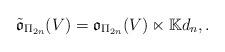
LaTeX: \begin{gather*}\tilde{\mathfrak{o}}_{\Pi_{2n}}(V)={\mathfrak{o}}_{\Pi_{2n}}(V) \ltimes {\mathbb K} d_n, .\end{gather*}